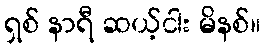
ရှစ် နာရီ ဆယ့်ငါး မိနစ်။